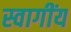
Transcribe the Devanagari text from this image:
स्वागींय